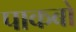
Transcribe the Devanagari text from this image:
पाकबो